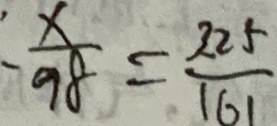
- \frac { x } { 9 8 } = \frac { 3 . 2 5 } { 1 6 1 }